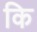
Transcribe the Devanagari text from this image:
कि